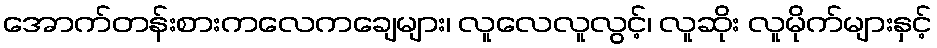
အောက်တန်းစားကလေကချေများ၊ လူလေလူလွင့်၊ လူဆိုး လူမိုက်များနှင့်